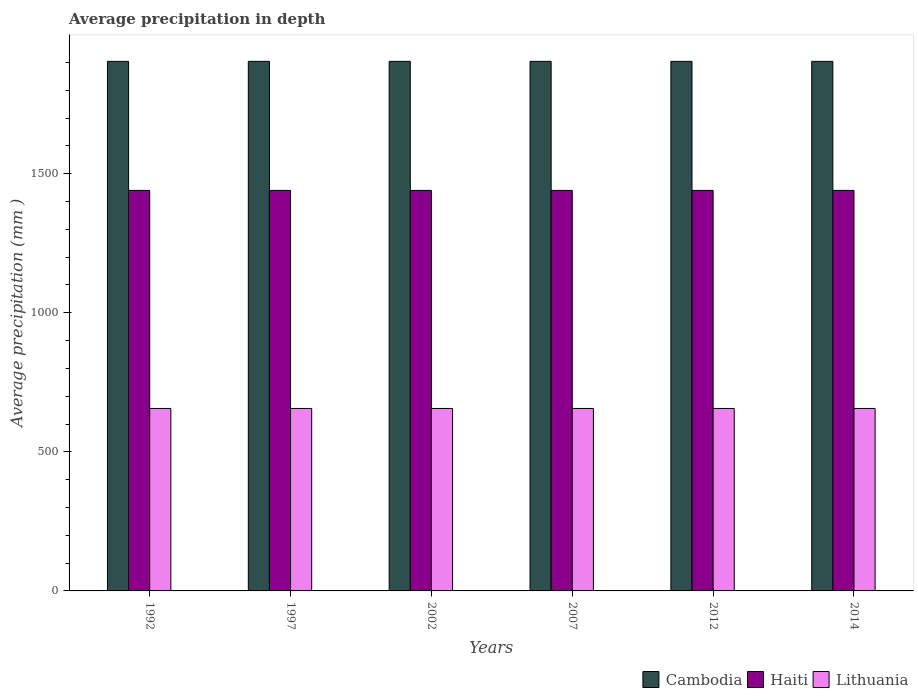
| Years | Cambodia | Haiti | Lithuania |
 | --- | --- | --- | --- |
 | 1992 | 1.9e+03 | 1.44e+03 | 656 |
 | 1997 | 1.9e+03 | 1.44e+03 | 656 |
 | 2002 | 1.9e+03 | 1.44e+03 | 656 |
 | 2007 | 1.9e+03 | 1.44e+03 | 656 |
 | 2012 | 1.9e+03 | 1.44e+03 | 656 |
 | 2014 | 1.9e+03 | 1.44e+03 | 656 |